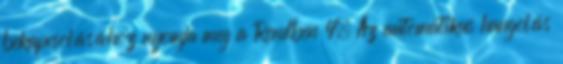
bekapcsolásához nyomja meg a Rendben 4. Az automatikus hangolás